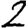
Digit: 2